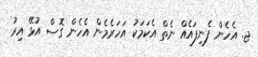
ޖ. އެހެން ފެނިފައެއް ނެތް އެކަމަކު އަހަރެމެން އެހެން ގޮސް އުޅޭ އިރު